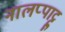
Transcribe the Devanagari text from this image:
नालप्पाट्टु